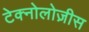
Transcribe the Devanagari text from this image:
टेक्नोलोज़ीस